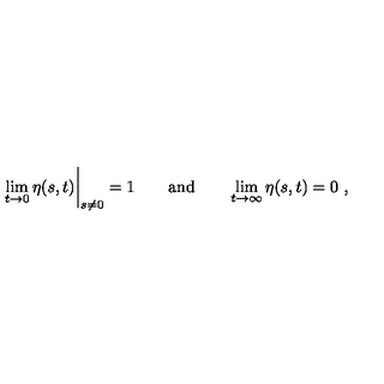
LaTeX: \lim _ { t \to 0 } \eta ( s , t ) \bigg | _ { s \neq 0 } = 1 \qquad \mathrm { a n d } \qquad \lim _ { t \to \infty } \eta ( s , t ) = 0 \ ,